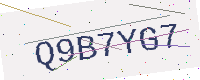
Text: Q9B7YG7